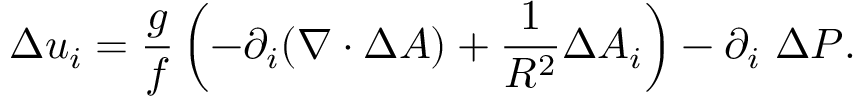
\Delta { u } _ { i } = \frac { g } { f } \left( - \partial _ { i } ( \nabla \cdot \Delta { A } ) + \frac { 1 } { R ^ { 2 } } \Delta { A } _ { i } \right) - \partial _ { i } \ \Delta P .